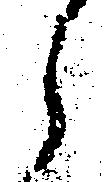
ら